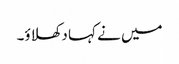
میں نے کہا دکھلاؤ۔